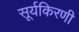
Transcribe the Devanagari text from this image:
सूर्यकिरणी